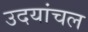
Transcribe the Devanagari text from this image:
उदयांचल